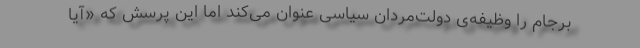
برجام را وظیفه‌ی دولت‌مردان سیاسی عنوان می‌کند اما این پرسش که «آیا